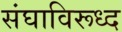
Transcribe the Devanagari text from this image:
संघाविरूध्द